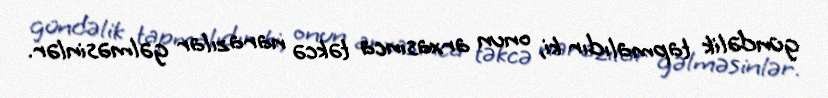
gündəlik tapmalıdır ki, onun arxasınca təkcə narazılar gəlməsinlər.